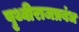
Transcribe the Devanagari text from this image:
पृथ्वीराजप्रबंध